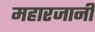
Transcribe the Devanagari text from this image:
महारजानी